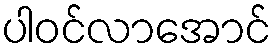
ပါဝင်လာအောင်